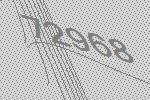
72968